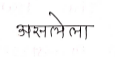
मजकूर: असलेला